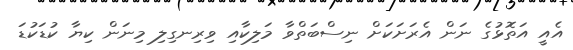
އެއީ އަތޮޅުގެ ނަން އެރަށަކަށް ނިސްބަތްވާ މަލިކާއި ވިރިނގިލި މިނަން ކިޔާ ކުޑަކުޑަ